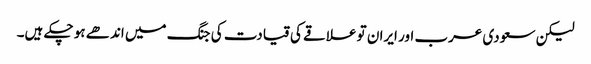
لیکن سعودی عرب اور ایران تو علاقے کی قیادت کی جنگ میں اندھے ہو چکے ہیں۔